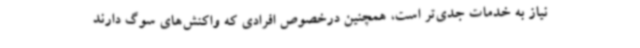
نیاز به خدمات جدی‌تر است، همچنین درخصوص افرادی که واکنش‌های سوگ دارند